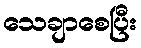
သေချာစေပြီး